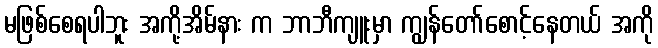
မဖြစ်စေရပါဘူး အကို့အိမ်နား က ဘာဘီကျူးမှာ ကျွန်တော်စောင့်နေတယ် အကို